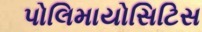
પોલિમાયોસિટિસ